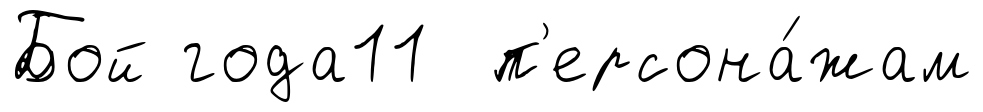
Бой года11 п'ерсона́жам